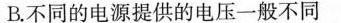
B.不同的电源提供的电压一般不同